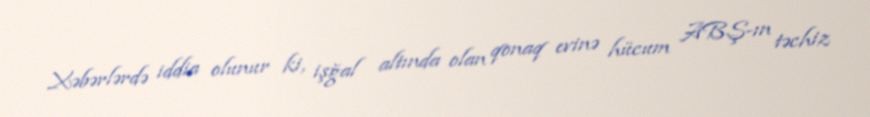
Xəbərlərdə iddia olunur ki, işğal altında olan qonaq evinə hücum ABŞ-ın təchiz